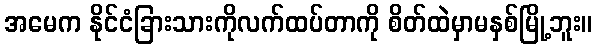
အမေက နိုင်ငံခြားသားကိုလက်ထပ်တာကို စိတ်ထဲမှာမနှစ်မြို့ဘူး။